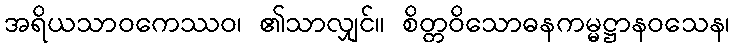
အရိယသာဝကေဿဝ၊ ၏သာလျှင်။ စိတ္တဝိသောဓနကမ္မဋ္ဌာနဝသေန၊